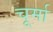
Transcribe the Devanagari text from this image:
चूर्मा